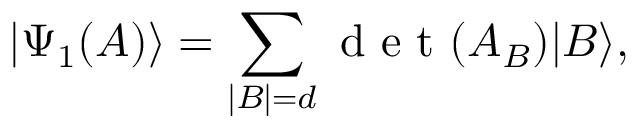
| \Psi _ { 1 } ( A ) \rangle = \sum _ { | B | = d } \textrm { d e t } ( A _ { B } ) | B \rangle ,